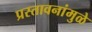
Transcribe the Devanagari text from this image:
प्रस्तावनांमुळे